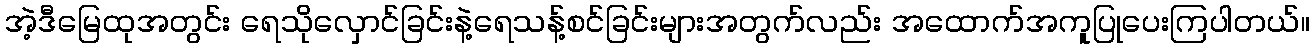
အဲ့ဒီမြေထုအတွင်း ရေသိုလှောင်ခြင်းနဲ့ရေသန့်စင်ခြင်းများအတွက်လည်း အထောက်အကူပြုပေးကြပါတယ်။